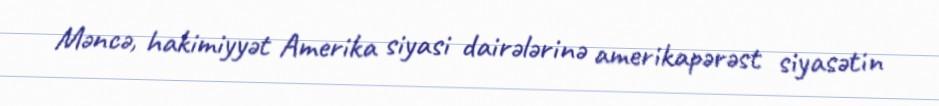
Məncə, hakimiyyət Amerika siyasi dairələrinə amerikapərəst siyasətin